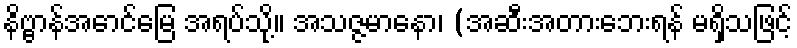
နိဗ္ဗာန်အောင်မြေ အရပ်သို့။ အသဇ္ဇမာနော၊ (အဆီးအတားဘေးရန် မရှိသဖြင့်